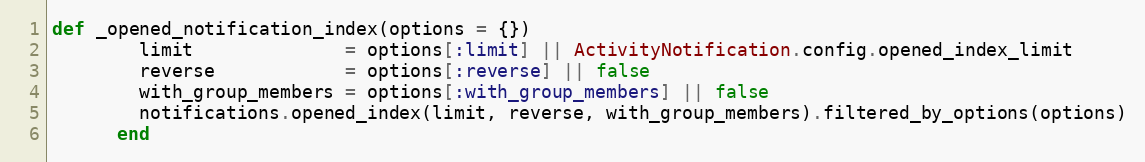
Language: Ruby
def _opened_notification_index(options = {})
        limit              = options[:limit] || ActivityNotification.config.opened_index_limit
        reverse            = options[:reverse] || false
        with_group_members = options[:with_group_members] || false
        notifications.opened_index(limit, reverse, with_group_members).filtered_by_options(options)
      end